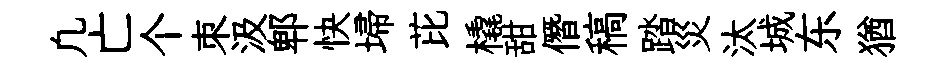
凢亡个朿汲郫快埽芘橇甜僭稿踏災汰城东猶